Leaving Certificate Examination (including Day School Certificate (Higher) General paper), 1939
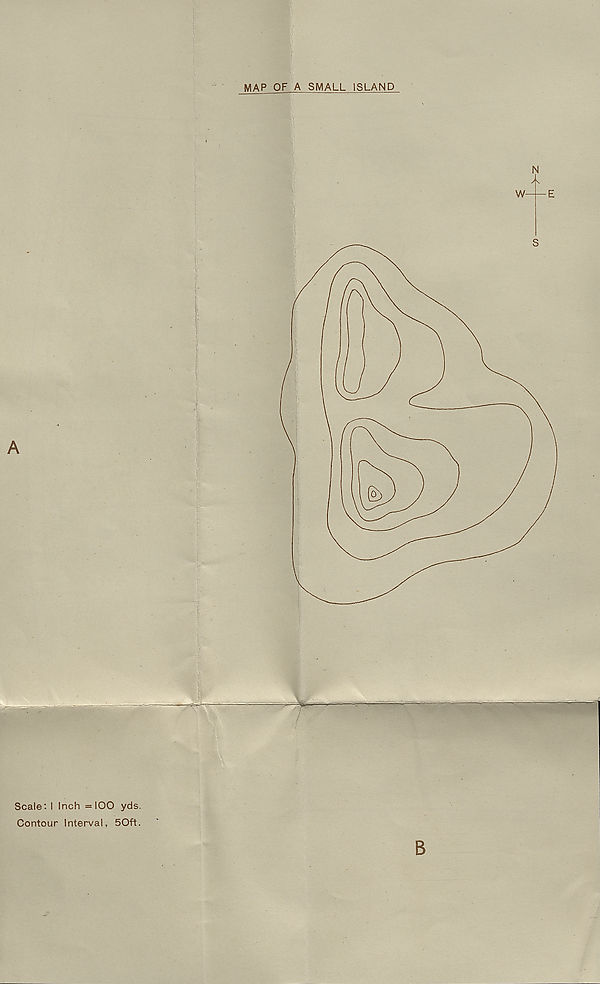
MAP OF A SMALL ISLAND
Scale'. I Inch =100 yds.
Contour Interval, 50ft.
B